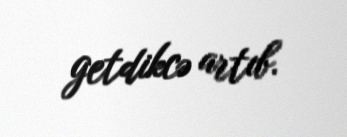
getdikcə artıb.